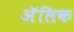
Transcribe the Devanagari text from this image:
अॅलिक